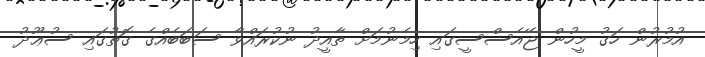
އުމުރުން ހަގު މީހުން ޖޭއެސްސީގައި ހިމެނުމަށް ތާއީދު ނުކުރައްވާ ސަބަބެއްގެ ގޮތުގައި ސުޢޫދު